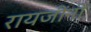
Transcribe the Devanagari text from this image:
रायजींनी